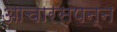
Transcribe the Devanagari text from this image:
आचारसंपन्‍न